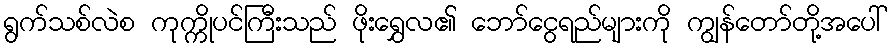
ရွက်သစ်လဲစ ကုက္ကိုပင်ကြီးသည် ဖိုးရွှေလ၏ ဘော်ငွေရည်များကို ကျွန်တော်တို့အပေါ်